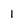
Character: 1